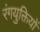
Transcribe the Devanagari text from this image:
रंगयुक्तियों